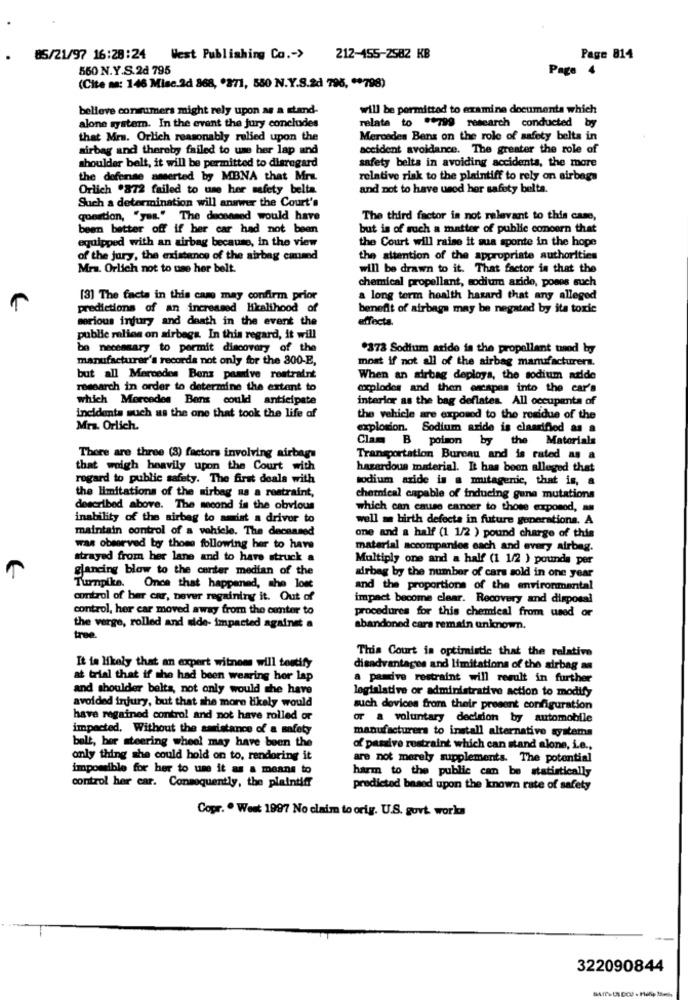
85/21/97 16:28:24 West Publishing Co .- >
212-455-2582 KB
Page 814
560 N.Y.S.2d 795
Page 4
(Cite ma: 146 Misc.2d 868, '871, 580 N.Y.S.2d 795, ** 798)
believe consumers might rely upon as a stand-
will be permitted to examine documenta which
relata to ** 799 research conducted by
alone system. In the event the jury concludes
that Mrm. Orlich reasonably relied upon the
Mercedes Benz on the role of safety belts in
airbag and thereby failed to ume her lap and
accident avoidance. The greater the role of
shoulder belt, it will be permitted to disregard
safety belts in avoiding accidents, the more
the defense amerted by MBNA that Mrm.
relative risk to the plaintiff to rely on airbags
Orlich .872 failed to use her safety belta.
and not to have used her safety belta.
Such a determination will answer the Court's
question, "yes." The deconmed would have
The third factor is not relevant to this case,
been better off if her car had not been
but is of such a matter of public concern that
equipped with an airbag because, in the view
the Court will raise it sua sponte in the hope
of the jury, the existence of the airbag cmmed
the attention of the appropriate authorities
Mra. Orlich not to use her belt.
will be drawn to it. That factor is that the
chemical propellant, sodium arido, pomos such
[3] The facts in this case may confirm prior
a long term health hasard that any alleged
predictions of an increased likelihood of
benefit of airbags may be negated by its toxic
serious injury and death in the event the
effecta
public relies on airbags. In this regard, it will
be necessary to permit discovery of the
*378 Sodium arido in the propellant taod by
manufacturer's recorda not only for the 300-E,
most if not all of the airbag manufacturers.
but all Mercedes Benz pasive restraint
When an airbag deploys, the sodium azide
research in order to determine the extent to
complodes and then escapes into the car's
which Mercedes Bens could anticipate
interior as the bag deflates. All occupenta of
incidents such as the one that took the life of
the vehicle are exposed to the residue of the
Mrs. Orlich.
explosion. Sodium azide is classified as a
Clams B poison by the Materials
There are three (3) factors involving airbags
Transportation Bureau and is rated as a
that weigh heavily upon the Court with
hazardous material. It has been alleged that
regard to public safety. The first deals with
sodium azide is a mutagenic, that is, a
the limitations of the airbag as a restraint,
cherieal capable of inducing gune mutations
described above. The second is the obvious
which can cause cancer to those exposed,
inability of the airbag to amist a driver to
well = birth defects in future generations. A
maintain control of a vehicle. The deceased
one and a half (1 1/2 ) pound charge of this
was observed by thome following her to have
material accompanies each and every airbag.
strayed from her lane and to have struck a
Multiply one and a half (1 1/2 ) pounds per
glancing blow to the center median of the
airbag by the number of cars sold in one year
Turnpike. Once that happened, she lose
and the proportions of the environmental
control of ber car, never regainiry it. Out of
impact become clear. Recovery and disposal
control, her car moved away from the center to
procedures for this chemical from used or
the verge, rolled and side- impacted against a
abandoned cars remain unknown.
tree.
This Court in optimistic that the relative
It ta likely that an compert witnees will testify
disadvantages and limitations of the airbag as
at trial that if the had been wearing hor lap
a pandive restraint will result in further
and shoulder belts, not only would the have
logialative or administrative action to modify
avoided irury, but that she more likely would
such devices from their present configuration
have regained control and not have rolled or
or a voluntary decision by automobile
impacted, Without the assistance of a safety
manufacturers to install alternative systems
belt, ber steering wheel may have been the
of passive restraint which can stand alone, i.e .,
only thing she could hold on to, rendoring it
are not merely supplements. The potential
impossible for her to use it as a means to
harm to the public can be statistically
control her car. Consequently, the plaintiff
predicted based upon the known rate of safety
Copr. . West 1997 No claim to orig. U.S. govt works
322090844